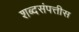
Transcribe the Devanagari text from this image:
शब्दसंपत्तीस